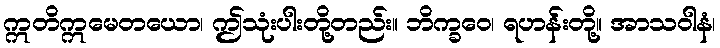
ဣတိဣမေတယော၊ ဤသုံးပါးတို့တည်း။ ဘိက္ခဝေ၊ ရဟန်းတို့။ အာသဝါနံ၊